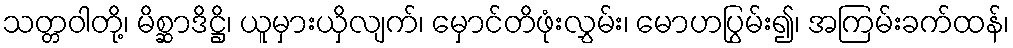
သတ္တဝါတို့၊ မိစ္ဆာဒိဋ္ဌိ၊ ယူမှားယှိလျက်၊ မှောင်တိဖုံးလွှမ်း၊ မောဟပြွမ်း၍၊ အကြမ်းခက်ထန်၊